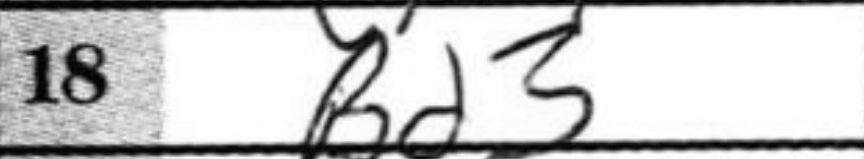
Transcription: Bd3